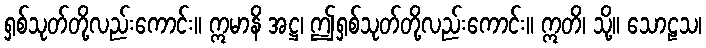
ရှစ်သုတ်တို့လည်းကောင်း။ ဣမာနိ အဋ္ဌ၊ ဤရှစ်သုတ်တို့လည်းကောင်း။ ဣတိ၊ သို့။ သောဠသ၊